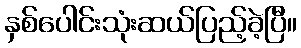
နှစ်ပေါင်းသုံးဆယ်ပြည့်ခဲ့ပြီ။